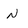
Character: N